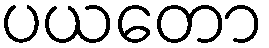
ပယတော